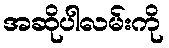
အဆိုပါလမ်းကို